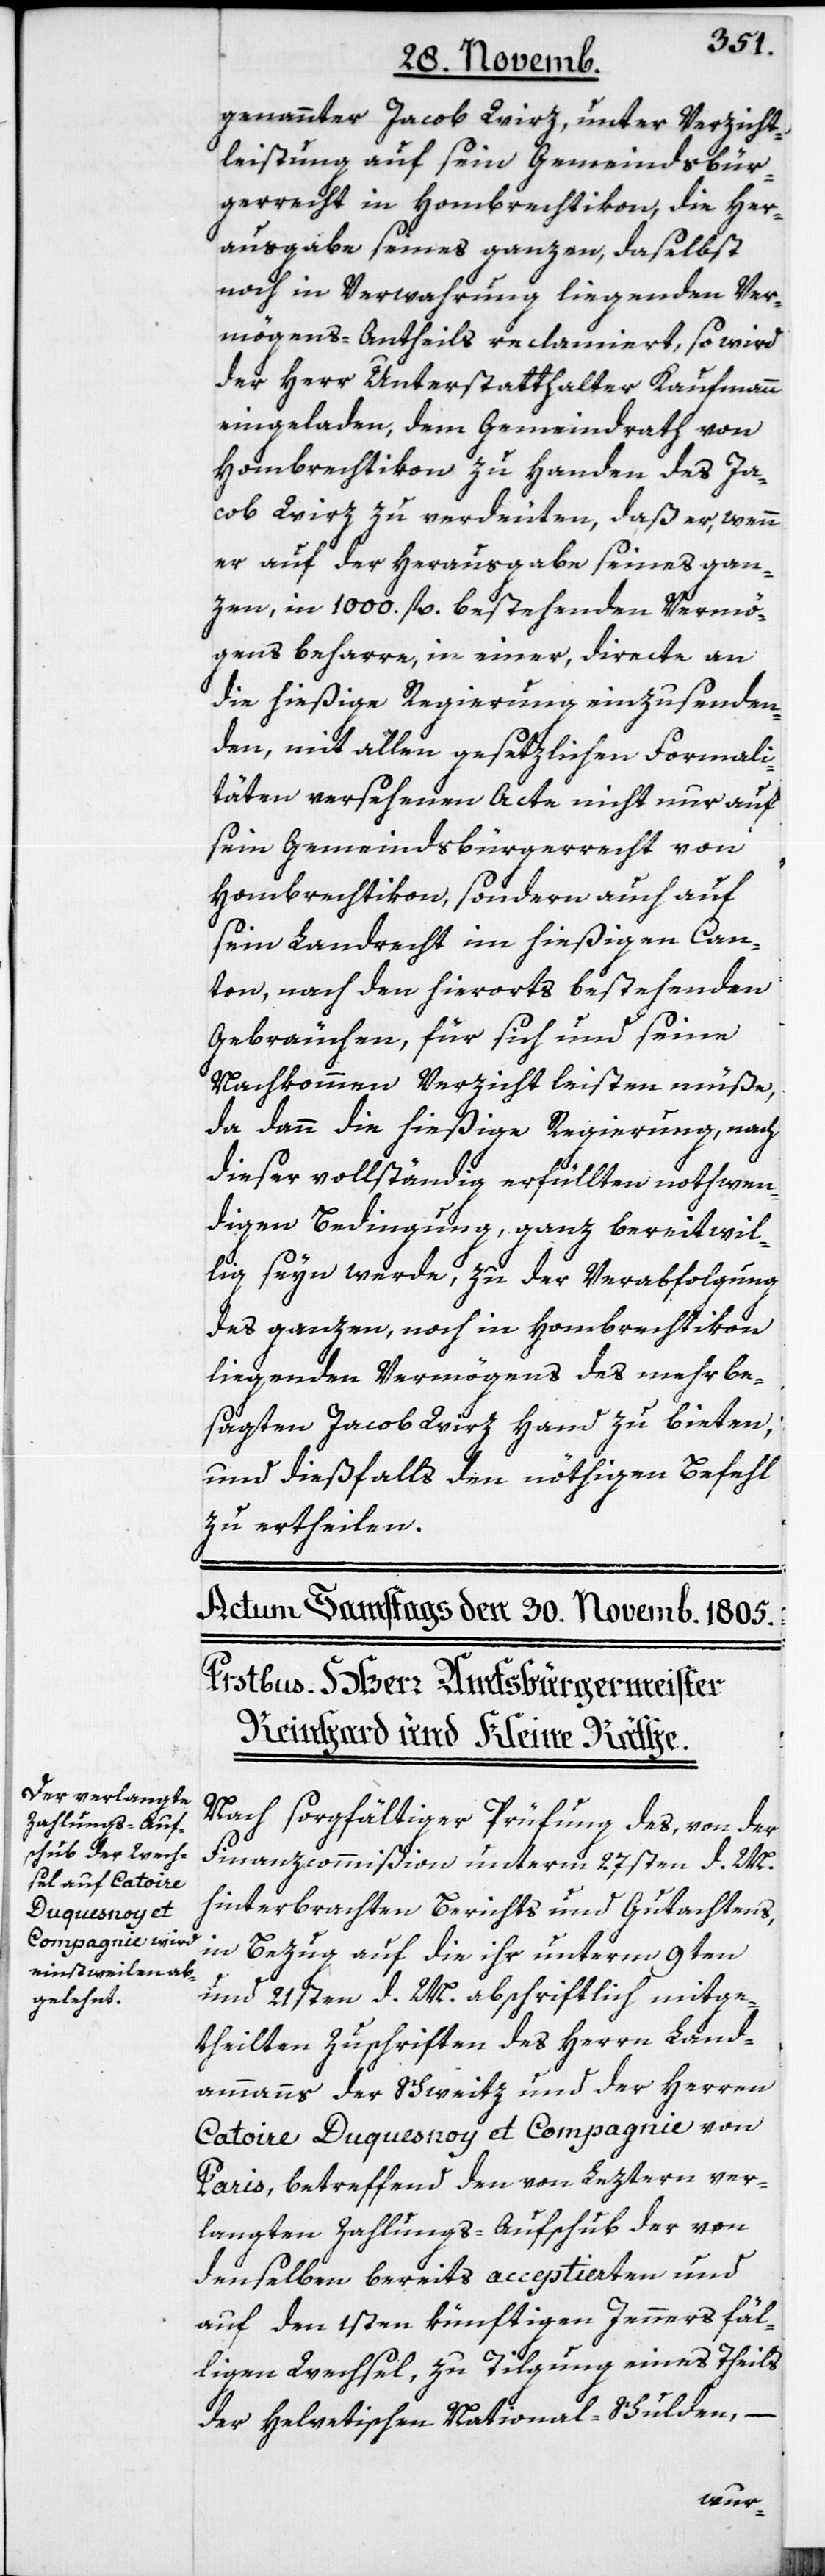
genannter Jacob Wirz, unter Verzicht¬
leistung auf sein Gemeindsbür¬
gerrecht in Hombrechtikon, die Her¬
ausgabe seines ganzen, daselbst
noch in Verwahrung liegenden Ver¬
mögens-Antheils reclamiert, so wird
der Herr Unterstatthalter Kaufmann
eingeladen, den Gemeindrath von
Hombrechtikon zu Handen des Ja¬
cob Wirz zu verdeuten, daß er, wenn
er auf der Herausgabe seines gan¬
zen, in 1000. fl. bestehenden Vermö¬
gens beharre, in einer, directe an
die hießige Regierung einzusenden¬
den, mit allen gesetzlichen Formali¬
täten versehenen Acte nicht nur auf
sein Gemeindsbürgerrecht von
Hombrechtikon, sondern auch auf
sein Landrecht im hießigen Can¬
ton, nach den hierorts bestehenden
Gebräuchen, für sich und seine
Nachkommen Verzicht leisten müße,
da dann die hießige Regierung, nach
dieser vollständig erfüllten nothwen¬
digen Bedingung, ganz bereitwil¬
lig seyn werde, zu der Verabfolgung
des ganzen noch in Hombrechtikon
liegenden Vermögens des mehr be¬
sagten Jacob Wirz Hand zu bieten,
und dießfalls den nöthigen Befehl
zu ertheilen.
Nach sorgfältiger Prüfung des, von der
Finanzcommißion unterm 27sten d. M.
hinterbrachten Berichts und Gutachtens,
in Bezug auf die ihr unterm 9ten
und 21sten d. M. abschriftlich mitge¬
theilten Zuschriften des Herrn Land¬
ammanns der Schweitz und der Herren
Catoire Duquesnoy et Compagnie von
Paris, betreffend den von Letztern ver¬
langten Zahlungs-Aufschub der von
denselben bereits acceptierten und
auf den 1sten künftigen Jenners fäl¬
ligen Wechsel, zu Tilgung eines Theils
der Helvetischen National-Schulden,